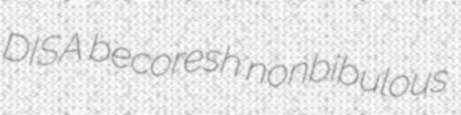
DISA becoresh nonbibulous